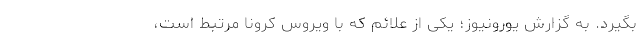
بگیرد. به گزارش یورونیوز؛ یکی از علائم که با ویروس کرونا مرتبط است،